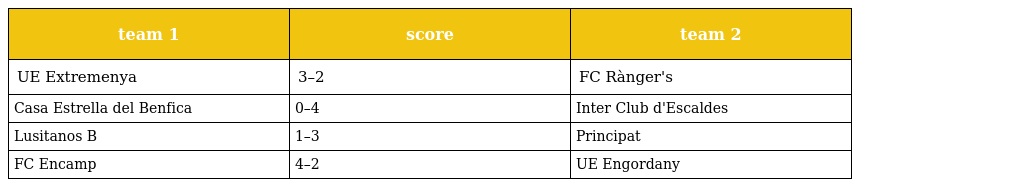
| team 1 | score | team 2 |
 | --- | --- | --- |
 | UE Extremenya | 3–2 | FC Rànger's |
 | Casa Estrella del Benfica | 0–4 | Inter Club d'Escaldes |
 | Lusitanos B | 1–3 | Principat |
 | FC Encamp | 4–2 | UE Engordany |